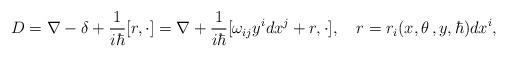
LaTeX: \begin{align*}D=\nabla -\delta +\frac 1{i\hbar }[r,\cdot ]=\nabla +\frac 1{i\hbar }[\omega_{ij}y^idx^j+r,\cdot ],\quad r=r_i(x,\theta \,,y,\hbar )dx^i, \end{align*}